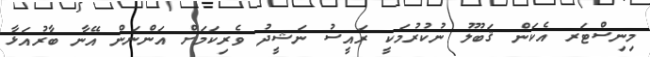
މިނިސްޓަރ އެކަން ޤަބޫލު ނުކުރުމަކީ ރައީސު ނަޝީދު ވެރިކަމަށް އަންނަން އޭނާ ބާރުއަޅާ